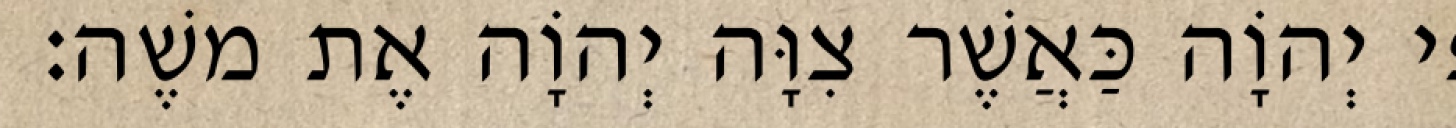
פִי יְהוָֹה כַּאֲשֶׁר צִוָּה יְהוָֹה אֶת משֶׁה׃